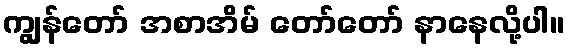
ကျွန်တော် အစာအိမ် တော်တော် နာနေလို့ပါ။